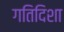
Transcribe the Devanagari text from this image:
गतिदिशा